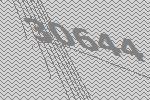
30644